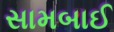
સામબાઈ